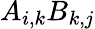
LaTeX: A_{i,k}B_{k,j}